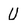
Character: U